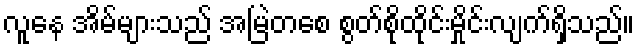
လူနေ အိမ်များသည် အမြဲတစေ စွတ်စိုထိုင်းမှိုင်းလျက်ရှိသည်။